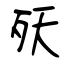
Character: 殀